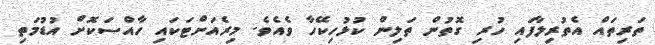
ތަރިތައް އެތުރިލާފައި ހުރި ގޮތުން ތަލިން ކުޅުހިކޭހާ ވެއެވެ. މިރެއަށްޓަކައި ހާއްސަކޮށް އުޑުމަތި